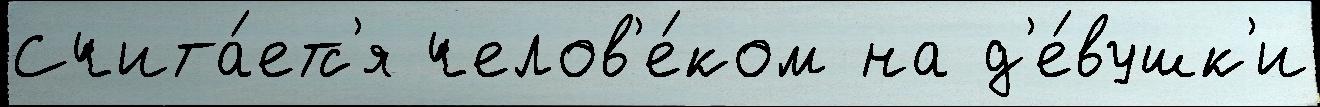
Счита́етс'я челов'е́ком на д'е́вушк'и